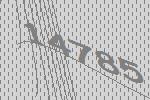
14785